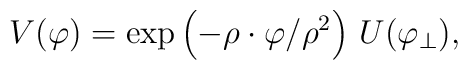
V(\varphi) = \exp\left(-\rho\cdot\varphi/\rho^2 \right)\,U(\varphi_{\perp}),